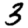
Digit: 3